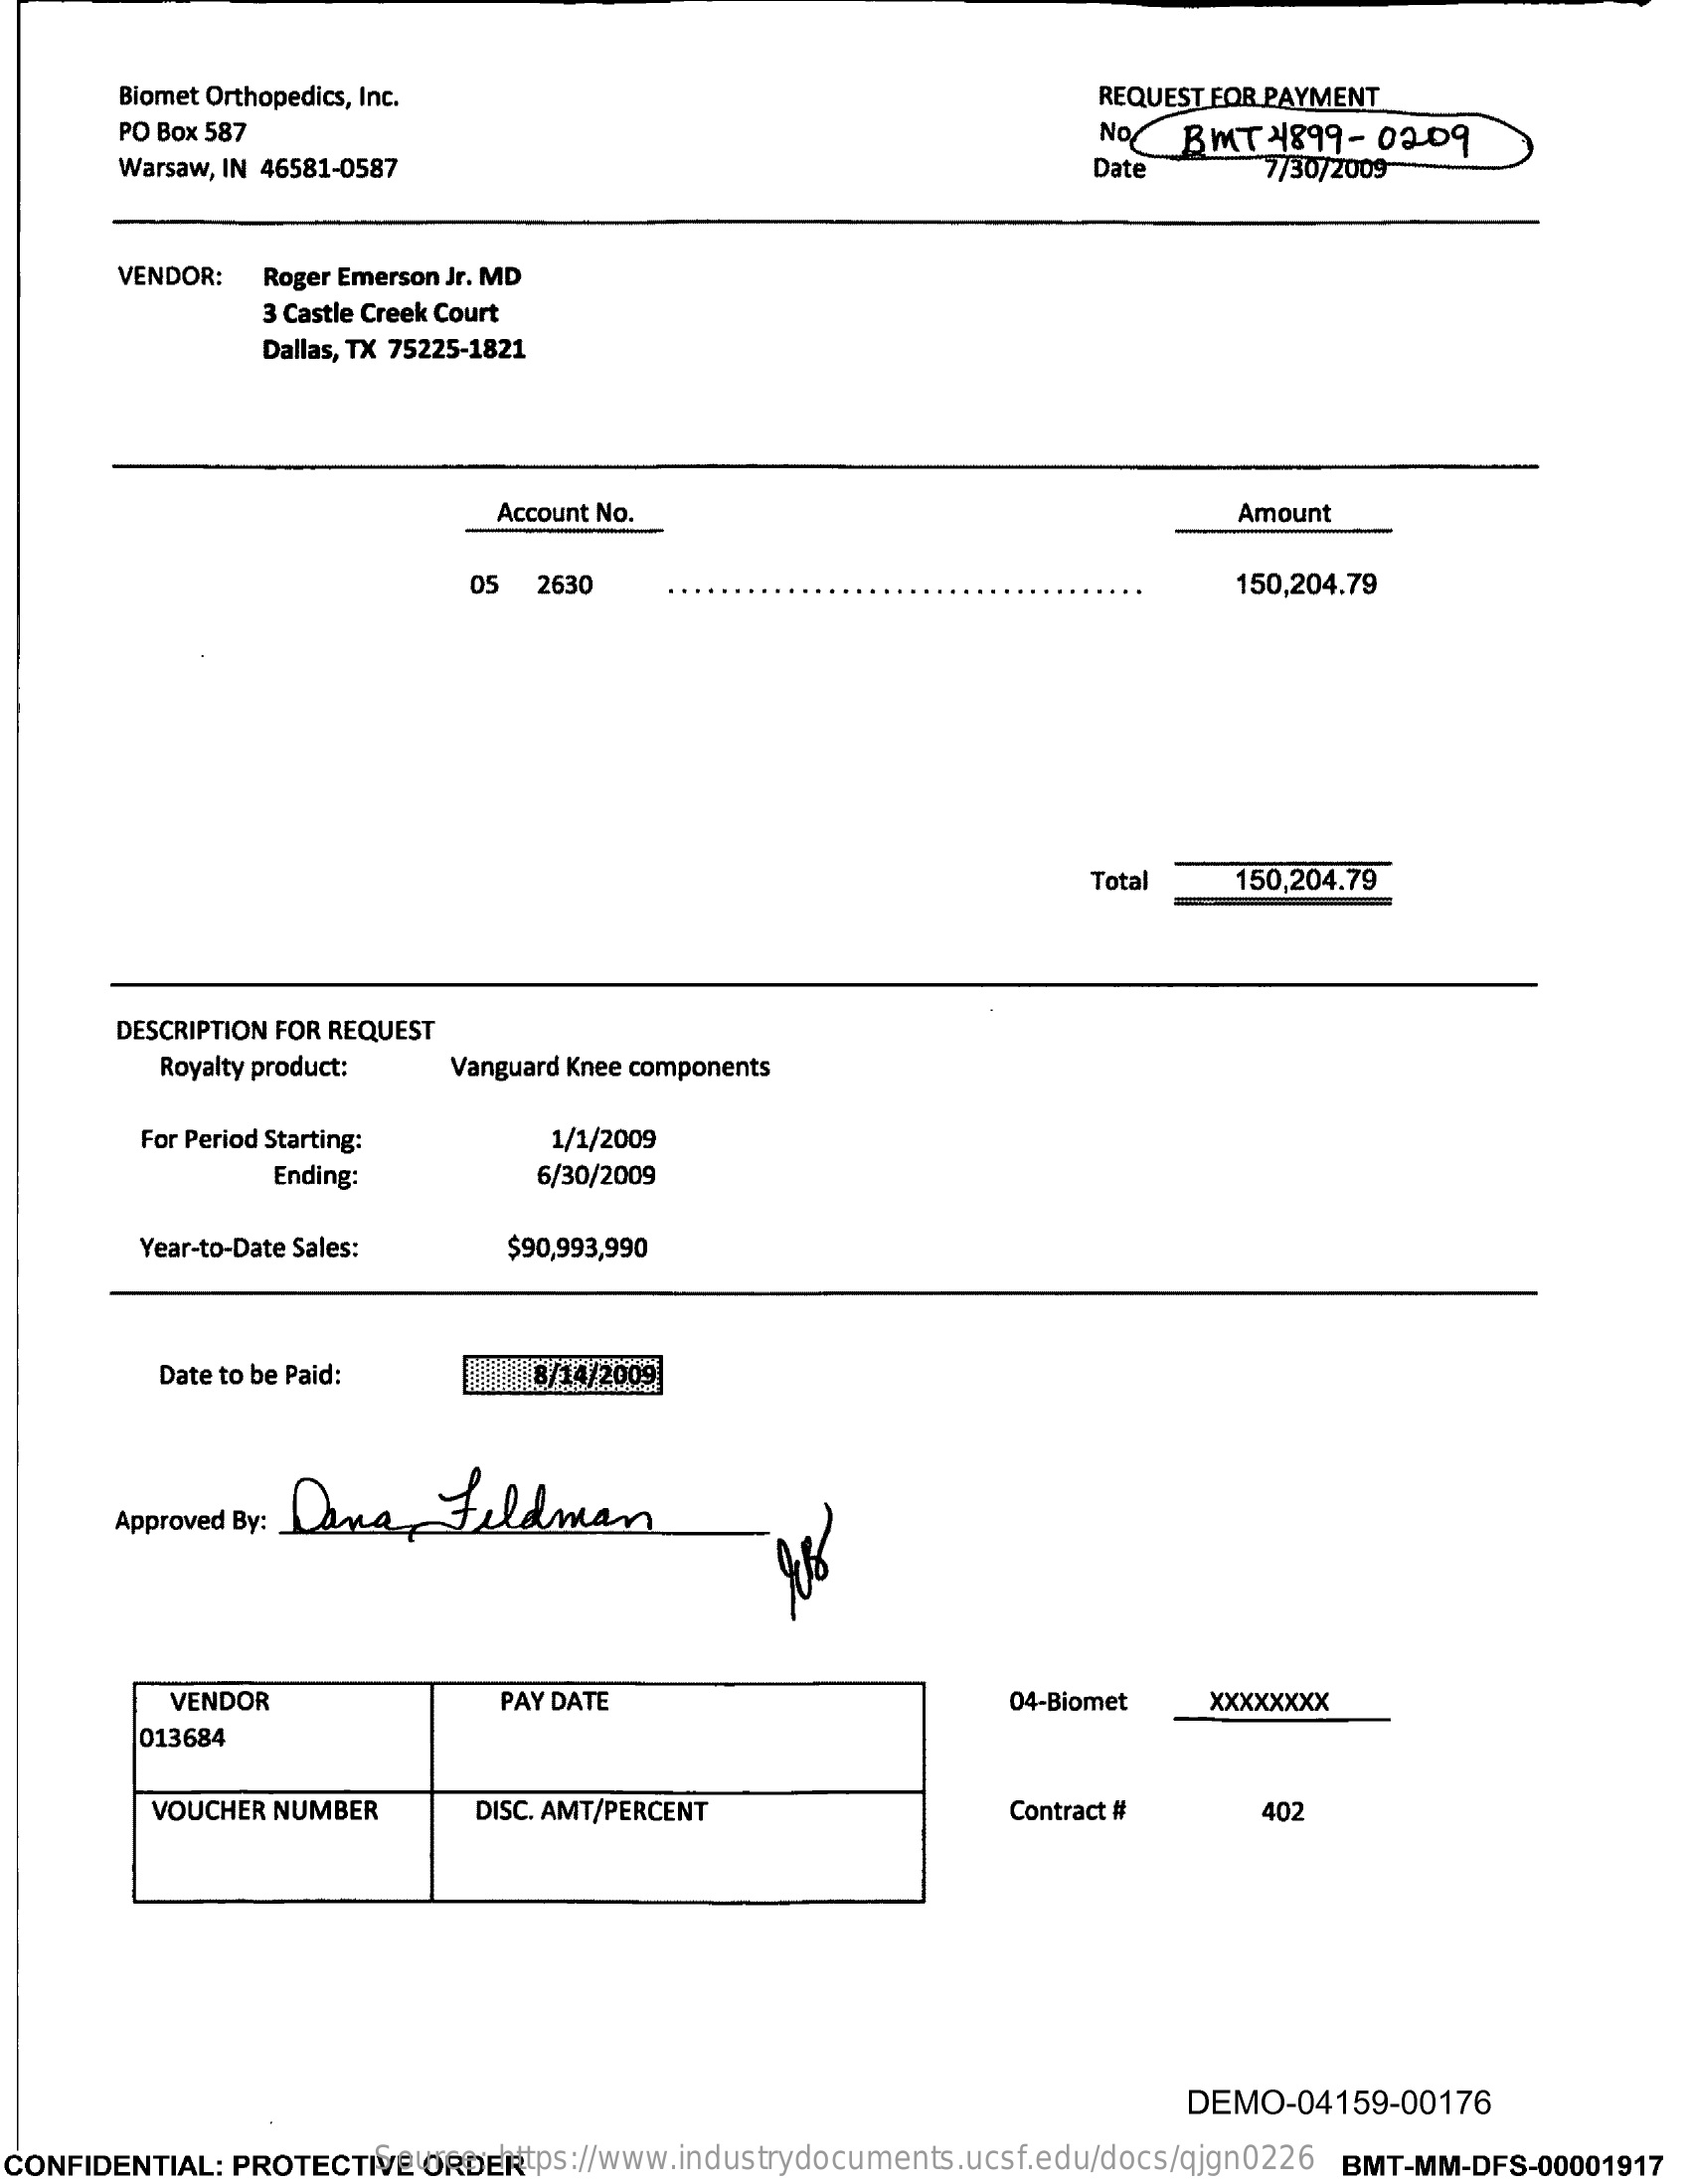
Biomet Orthopedics, Inc.    REQUEST FOR PAYMENT
     PO Box 587    NOC  BMT   4899-0209
     Warsaw, IN 46581-0587    Date    7/30/2009
     VENDOR:  Roger Emerson Jr. MD
     3 Castle Creek Court
     Dallas, TX 75225-1821
     Account No.    Amount
     05  2630    150,204.79
     Total    150,204.79
     DESCRIPTION FOR REQUEST
     Royalty product:  Vanguard Knee components
     For Period Starting:    1/1/2009
     Ending:    6/30/2009
     Year-to-Date Sales:    $90,993,990
     Date to be Paid:    8/14/2009
     Approved By: Dara    Feldman
     VENDOR    PAY DATE    04-Biomet   xxxxxxxx
     013684
     VOUCHER NUMBER    DISC. AMT/PERCENT    Contract #    402
     DEMO-04159-00176
  CONFIDENTIAL: PROTECTIVE ORDER Source: https://www.industrydocuments.ucsf.edu/docs/qjgn0226 BMT-MM-DFS-00001917